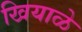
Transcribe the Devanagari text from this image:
खियाळे